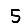
Digit: 5